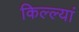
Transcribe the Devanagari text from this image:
किल्ल्यां